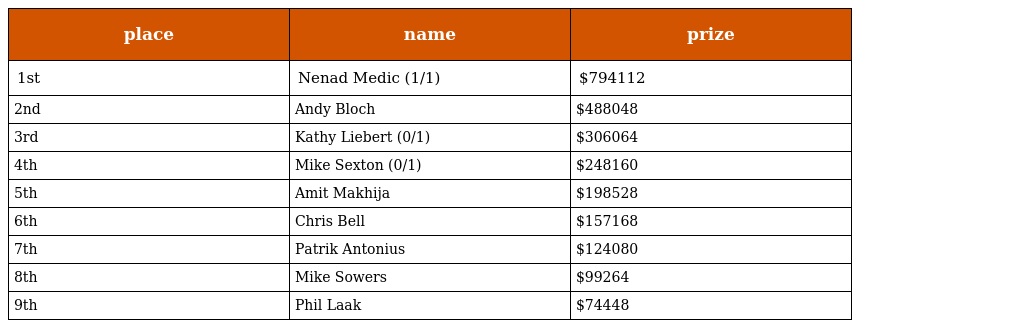
| place | name | prize |
 | --- | --- | --- |
 | 1st | Nenad Medic (1/1) | $794112 |
 | 2nd | Andy Bloch | $488048 |
 | 3rd | Kathy Liebert (0/1) | $306064 |
 | 4th | Mike Sexton (0/1) | $248160 |
 | 5th | Amit Makhija | $198528 |
 | 6th | Chris Bell | $157168 |
 | 7th | Patrik Antonius | $124080 |
 | 8th | Mike Sowers | $99264 |
 | 9th | Phil Laak | $74448 |